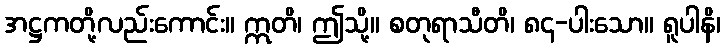
အဋ္ဌကတို့လည်းကောင်း။ ဣတိ၊ ဤသို့။ စတုရာသီတိ၊ ၈၄-ပါးသော။ ရူပါနိ၊